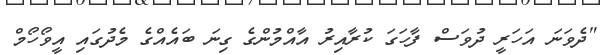
"ދެވަނަ އަހަރީ ދުވަސް ފާހަގަ ކުރާއިރު އާއްމުންގެ ގިނަ ބައެއްގެ މެދުގައި އީވޯހޯމް